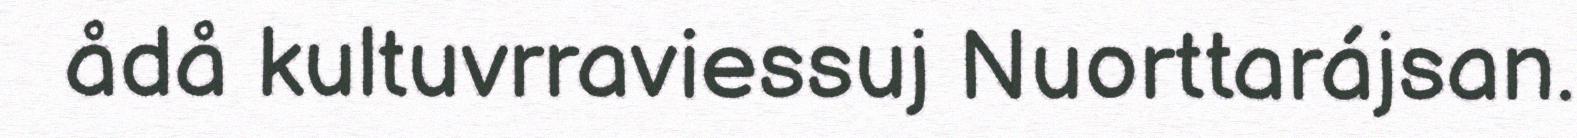
ådå kultuvrraviessuj Nuorttarájsan.